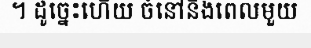
។ ដូច្នេះហើយ ចំនៅនឹងពេលមួយ